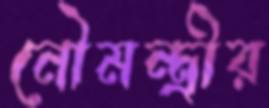
নৌমন্ত্রীর